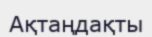
Ақтаңдақты